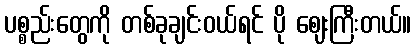
ပစ္စည်းတွေကို တစ်ခုချင်းဝယ်ရင် ပို ဈေးကြီးတယ်။